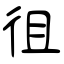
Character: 徂